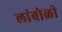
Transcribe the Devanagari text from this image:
लांबोळी